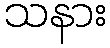
သနား